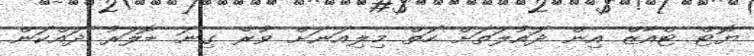
ޔޮޓް ޓްއާޒް އިން ދައުލަތަށް ހަތް މިލިއަނަށް ވުރެ ގިނަ ޑޮލަރު ދައްކަން